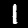
Digit: 1